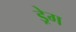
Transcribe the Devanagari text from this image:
ड्रेग